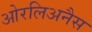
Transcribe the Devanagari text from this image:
ओरलिअनैस